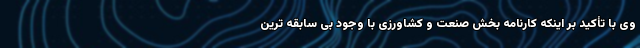
وی با تأکید بر اینکه کارنامه بخش صنعت و کشاورزی با وجود بی سابقه ترین